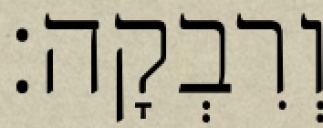
וְרִבְקָה׃